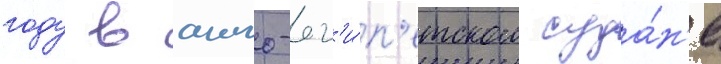
году в англо-ег'и́п'етском суда́н'е